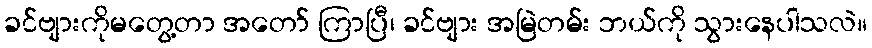
ခင်ဗျားကိုမတွေ့တာ အတော် ကြာပြီ၊ ခင်ဗျား အမြဲတမ်း ဘယ်ကို သွားနေပါသလဲ။